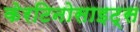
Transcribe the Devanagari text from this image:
केरटिनोसाइट्स